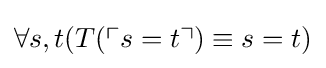
\forall s,t(T(\ulcorner {s=t}\urcorner )\equiv s=t)